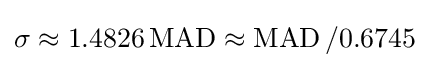
\sigma \approx 1.4826\operatorname {MAD} \approx \operatorname {MAD} /0.6745